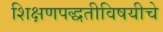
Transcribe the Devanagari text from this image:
शिक्षणपद्धतीविषयीचे